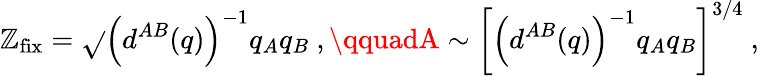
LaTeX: \mathbb{Z}_{\mathrm{{fix}}}=\sqrt{}{{\left(d^{AB}(q)\right)^{-1}q_{A}q_{B}}}\ ,\qquadA\sim\left[\left(d^{AB}(q)\right)^{-1}q_{A}q_{B}\right]^{3/4}\ ,